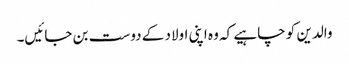
والدین کو چاہیے کہ وہ اپنی اولاد کے دوست بن جائیں۔